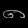
Digit: ၈